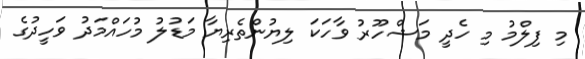
މި ފިލްމު މި ހެދީ މަޝްހޫރު ވާހަކަ ލިޔުންތެރިޔާ މަޑުލު މުހައްމަދު ވަހީދުގެ